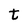
Character: t